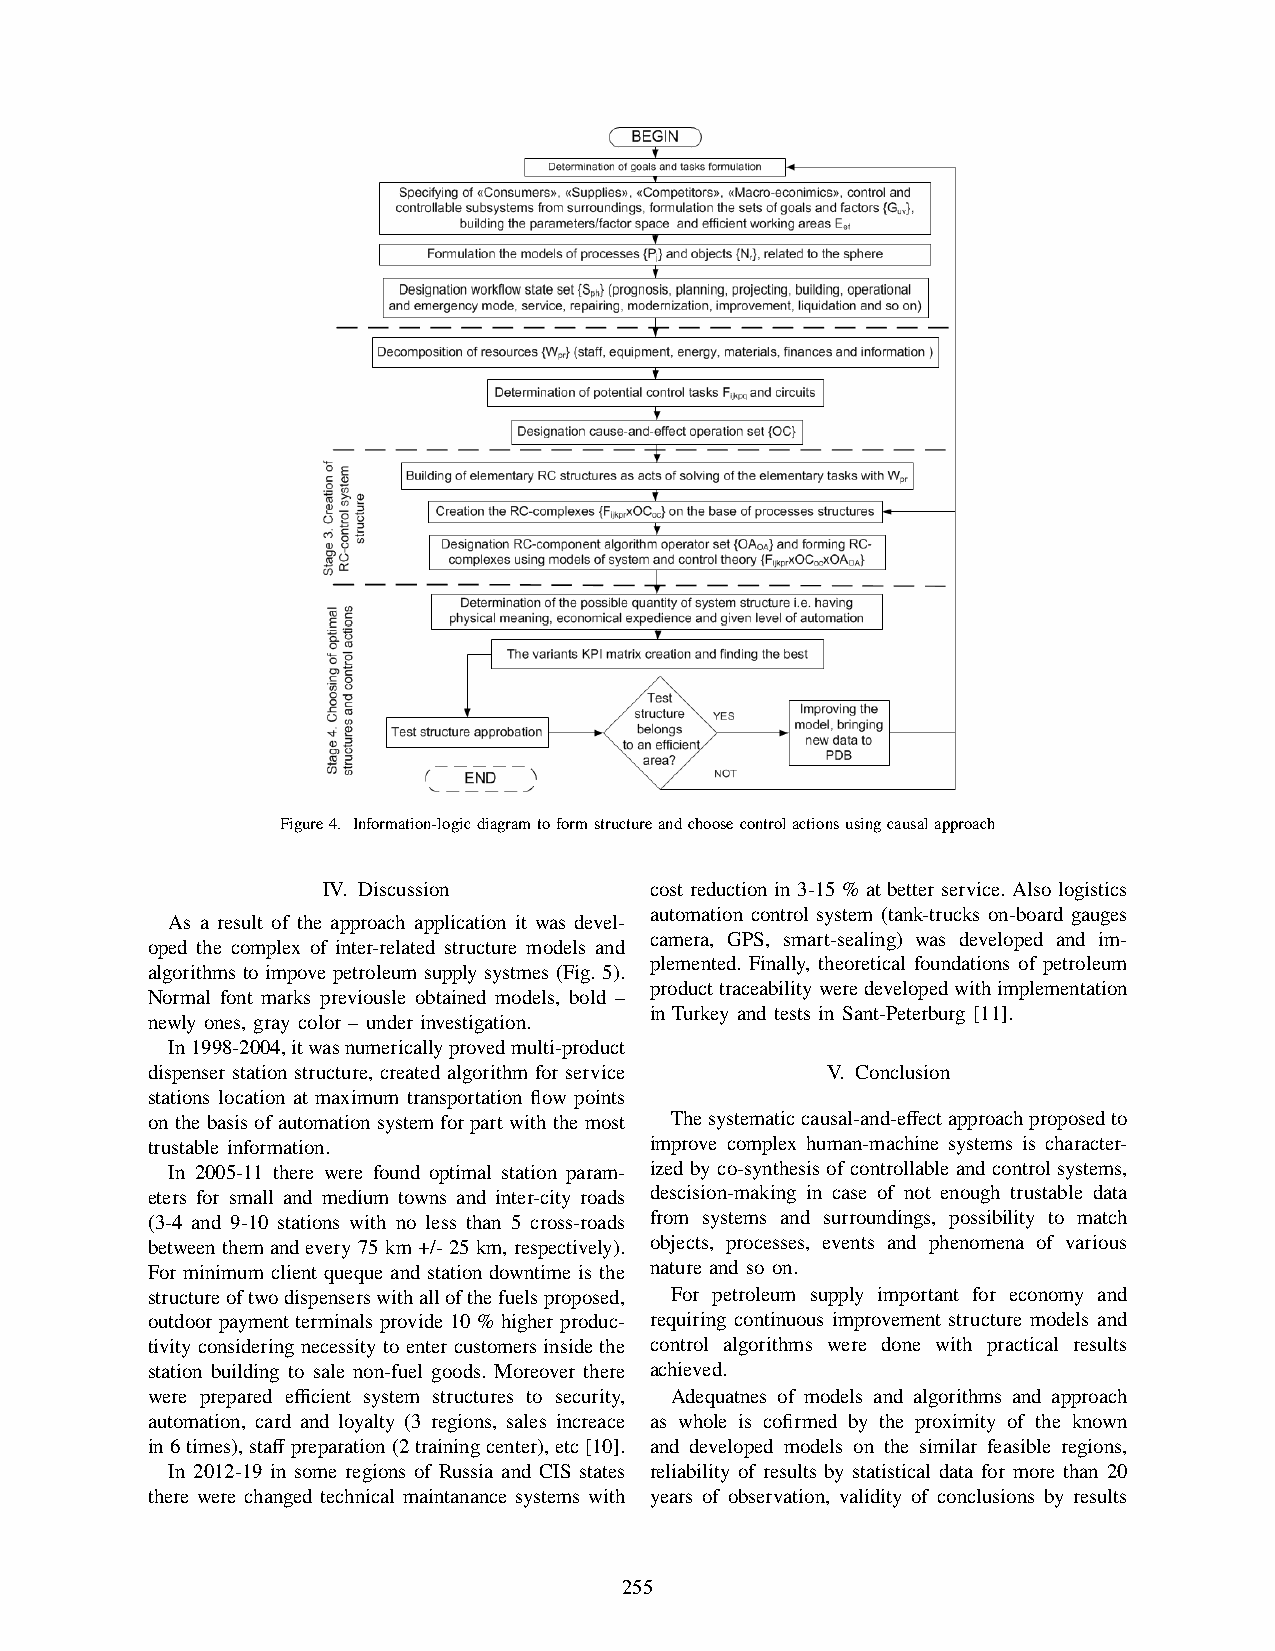
Figure4. Information-logicdiagramtoformstructureandchoosecontrolactionsusingcausalapproach
 IV. Discussion        cost reduction in 3-15 % at better service. Also logistics
 automation control system (tank-trucks on-board gauges
 As a result of the approach application it was devel-
 camera, GPS, smart-sealing) was developed and im-
 oped the complex of inter-related structure models and
 plemented. Finally, theoretical foundations of petroleum
 algorithms to impove petroleum supply systmes (Fig. 5).
 producttraceabilityweredevelopedwithimplementation
 Normal font marks previousle obtained models, bold –
 in Turkey and tests in Sant-Peterburg [11].
 newly ones, gray color – under investigation.
 In1998-2004,itwasnumericallyprovedmulti-product
 dispenser station structure, created algorithm for service V. Conclusion
 stations location at maximum transportation flow points
 on the basis of automation system for part with the most Thesystematiccausal-and-effectapproachproposedto
 trustable information.           improve complex human-machine systems is character-
 In 2005-11 there were found optimal station param- ized by co-synthesis of controllable and control systems,
 eters for small and medium towns and inter-city roads descision-making in case of not enough trustable data
 (3-4 and 9-10 stations with no less than 5 cross-roads from systems and surroundings, possibility to match
 between them and every 75 km +/- 25 km, respectively). objects, processes, events and phenomena of various
 For minimum client queque and station downtime is the nature and so on.
 structureoftwodispenserswithallofthefuelsproposed, For petroleum supply important for economy and
 outdoor payment terminals provide 10 % higher produc- requiring continuous improvement structure models and
 tivityconsideringnecessitytoentercustomersinsidethe control algorithms were done with practical results
 station building to sale non-fuel goods. Moreover there achieved.
 were prepared efficient system structures to security, Adequatnes of models and algorithms and approach
 automation, card and loyalty (3 regions, sales increace as whole is cofirmed by the proximity of the known
 in6times),staffpreparation(2trainingcenter),etc[10]. and developed models on the similar feasible regions,
 In 2012-19 in some regions of Russia and CIS states reliability of results by statistical data for more than 20
 there were changed technical maintanance systems with years of observation, validity of conclusions by results
 255